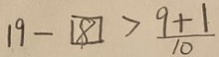
1 9 - 8 > \frac { 9 + 1 } { 1 0 }